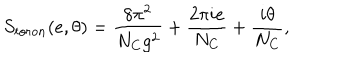
S _ { t o r o n } ( e , \theta ) = \frac { 8 \pi ^ { 2 } } { N _ { C } g ^ { 2 } } + \frac { 2 \pi i e } { N _ { C } } + \frac { i \theta } { N _ { C } } ,